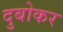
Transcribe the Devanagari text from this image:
दुबोकर